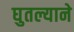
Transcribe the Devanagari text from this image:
घुतल्याने